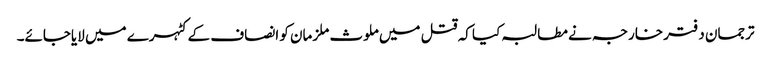
ترجمان دفتر خارجہ نے مطالبہ کیا کہ قتل میں ملوث ملزمان کو انصاف کے کٹہرے میں لایاجائے۔